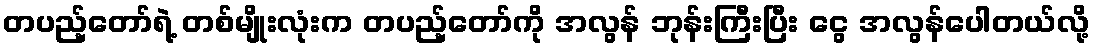
တပည့်တော်ရဲ့ တစ်မျိုးလုံးက တပည့်တော်ကို အလွန် ဘုန်းကြီးပြီး ငွေ အလွန်ပေါတယ်လို့